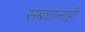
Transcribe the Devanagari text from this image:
संबंधांनाही